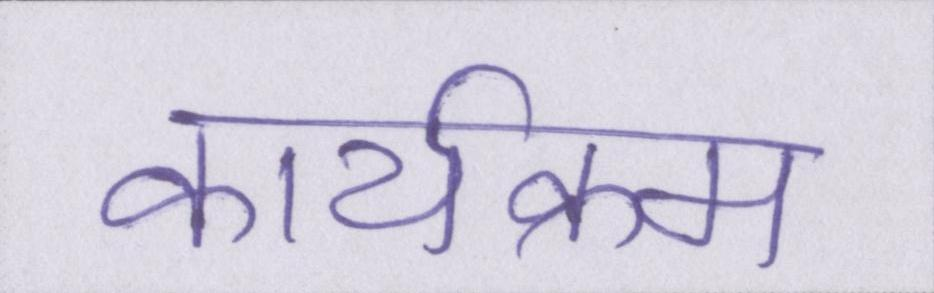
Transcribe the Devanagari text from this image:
कार्यक्रम